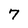
Character: 7